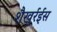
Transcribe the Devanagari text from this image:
शैखुर्रईस